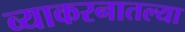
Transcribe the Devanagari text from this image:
व्याकरनातल्या